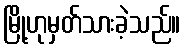
မြို့ဟုမှတ်သားခဲ့သည်။